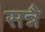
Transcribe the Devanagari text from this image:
सन्नै